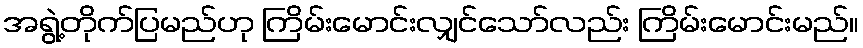
အရွဲ့တိုက်ပြမည်ဟု ကြိမ်းမောင်းလျှင်သော်လည်း ကြိမ်းမောင်းမည်။